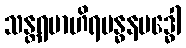
သန္တရဗာဟိရဗန္ဓနဗဒ္ဓေါ